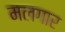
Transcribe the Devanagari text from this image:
मलगार